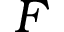
F